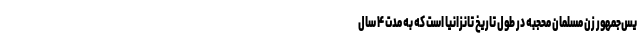
یس‌جمهور زن مسلمان محجبه‌ در طول تاریخ تانزانیا است که به مدت ۴ سال